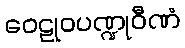
ဝေဠုဝပဏ္ဍုဝီဏံ